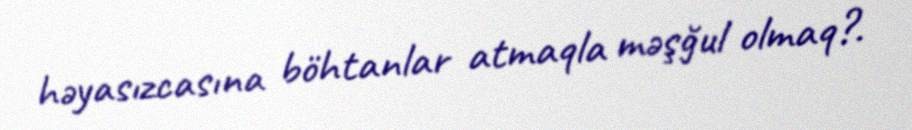
həyasızcasına böhtanlar atmaqla məşğul olmaq?.